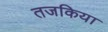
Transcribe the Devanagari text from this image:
तजकिया